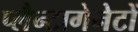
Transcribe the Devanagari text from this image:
प्लैन्टागेनेटों